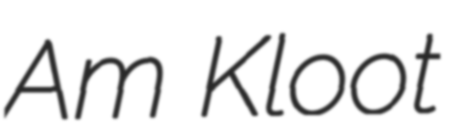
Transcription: Am Kloot